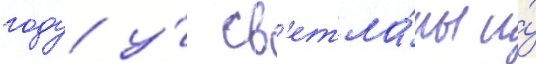
году у́ св'етла́ны и́